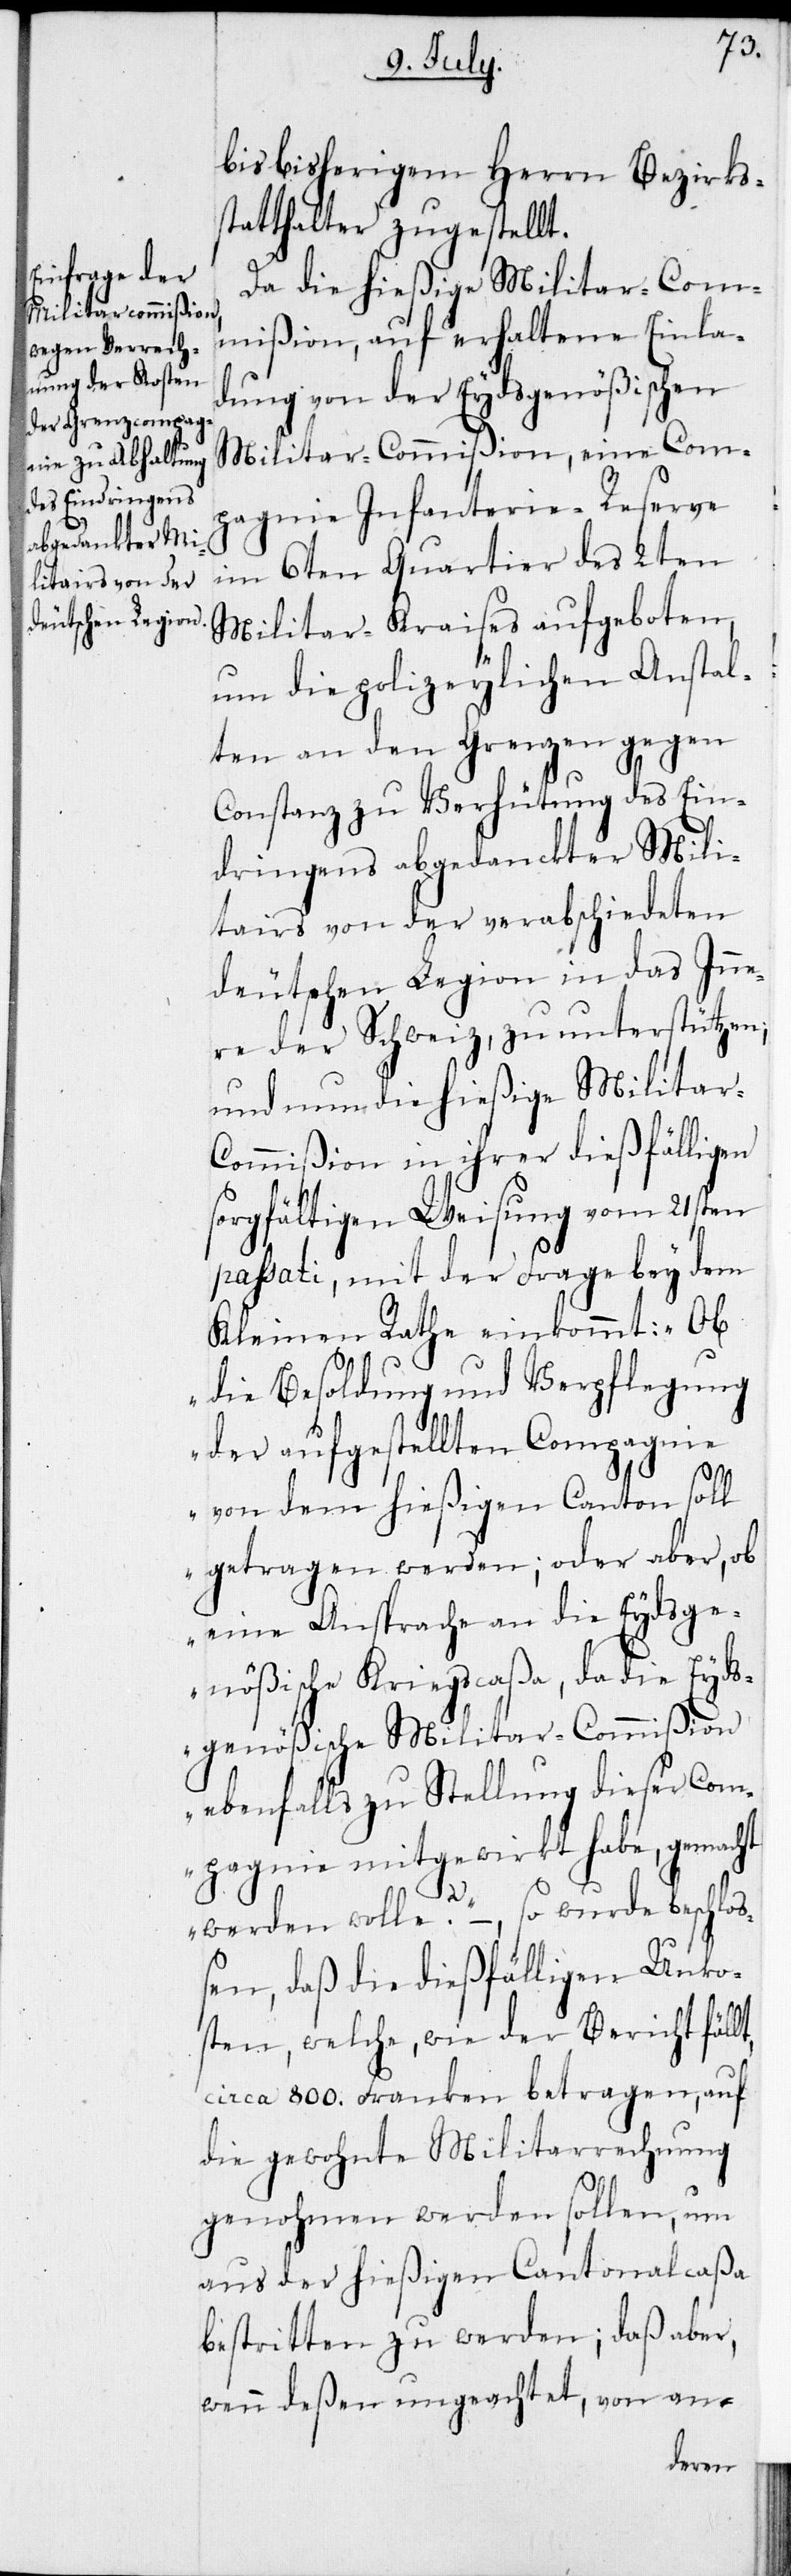
bis bisherigem Herrn Bezirks¬
statthalter zugestellt.
Da die hießige Militar-Com¬
mißion, auf erhaltene Einla¬
dung von der Eydsgenößischen
Militar-Commißion, eine Com¬
pagnie Infanterie-Reserve
im 6ten Quartier des 2ten
Militar-Kraises aufgeboten,
um die polizeylichen Anstal¬
ten an den Grenzen gegen
Constanz zu Verhütung des Ein¬
dringens abgedanckter Mili¬
tairs von der verabschiedeten
deutschen Legion in das Inne¬
re der Schweiz, zu unterstützen;
und nun die hießige Militar-C¬
ommißion in ihrer dießfälligen
sorgfältigen Weisung vom 21sten
passati, mit der Frage bey dem
die Besoldung und Verpflegung
der aufgestellten Compagnie
von dem hießigen Canton soll
getragen werden; oder aber, ob
eine Ansprache an die Eydsge¬
nößische Kriegscaßa, da die Eyds¬
genößische Militar-Commißion
ebenfalls zu Stellung dieser Com¬
pagnie mitgewirkt habe, gemacht
werden wolle?“ –, so wurde beschloß¬
en, daß die dießfälligen Unko¬
sten, welche, wie der Bericht
circa 800. Franken betragen, auf
die gewohnte Militarrechnung
genohmen werden sollen, um
aus der hießigen Cantonalcaßa
bestritten zu werden; daß aber,
wenn deßen ungeachtet, von an-